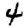
Digit: 4